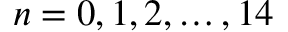
n = 0 , 1 , 2 , \ldots , 1 4